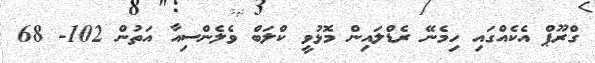
ގްރޫޕް އެކެއްގައި ހިމެނޭ ރެޑްލައިން މޮޅުވީ ކްލަބް ވެލެންސިއާ އަތުން 102- 68